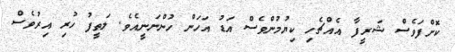
ކޮށްފަވެސް ޝަރީފާ އެއްޗެހި ކިޔުމުންވެސް އަޑު އަހަން ހުންނަނީއެވެ. ލަތީފު ހުރި އިރުވެސް